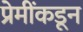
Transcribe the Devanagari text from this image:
प्रेमींकडून